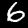
Label: 6